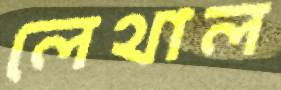
লেথাল